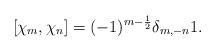
LaTeX: \begin{align*}[\chi_m, \chi_n]=(-1)^{m-\frac{1}{2}}\delta _{m, -n}1.\end{align*}